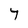
Character: 7